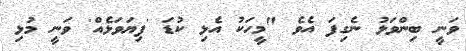
ވަނީ ބިންވަޅު ނެގިފަ އެވެ "މީހަކު އެޅި ކުޑަ 'ފިޔަވަޅެއް' ވަނީ މުޅި